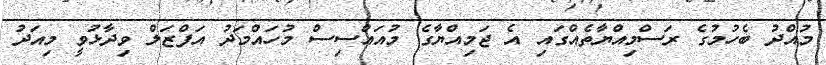
މުއްދު ބެހުމުގެ ރަސްމިއްޔާތެއްގައި އެ ޖަމިއްޔާގެ މުއައްސިސް މުހައްމަދު އަފްޒަލް ވިދާޅުވީ މިއަދު